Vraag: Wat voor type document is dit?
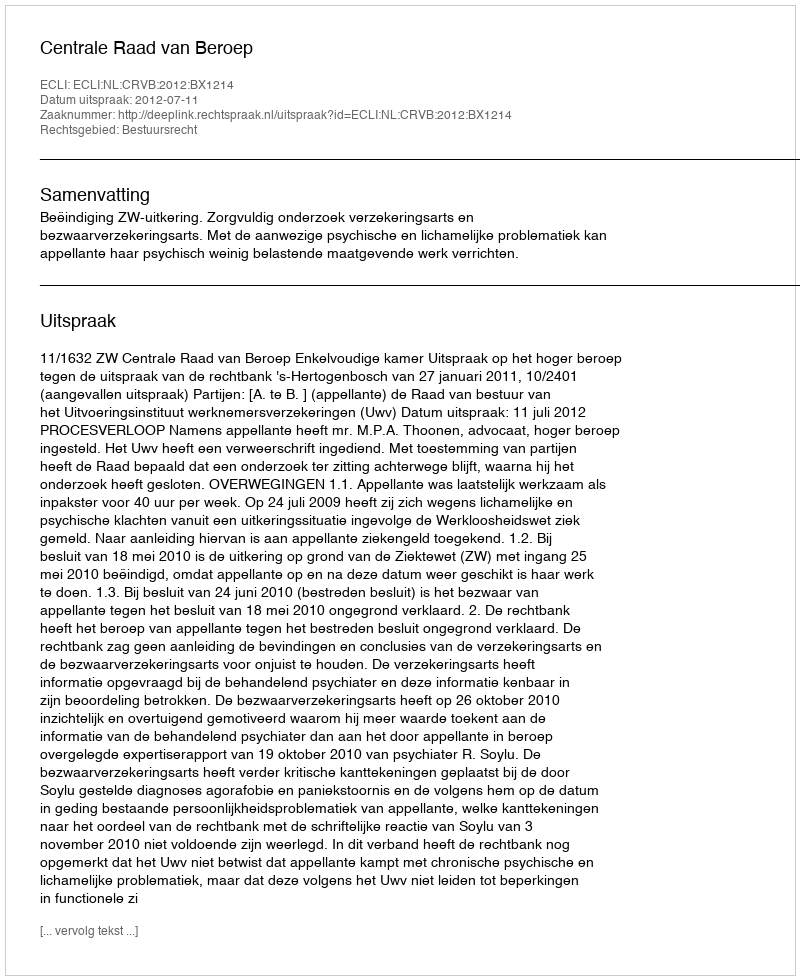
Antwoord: Uitspraak